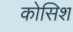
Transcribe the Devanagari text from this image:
कोसिश